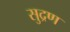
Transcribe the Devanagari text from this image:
सुद्रण